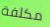
مكلفة